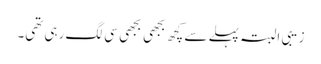
زیبی البتہ پہلے سے کچھ بجھی بجھی سی لگ رہی تھی۔